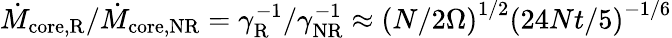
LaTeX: \dot{M}_{\mathrm{core,R}}/\dot{M}_{\mathrm{core,NR}}=\gamma_{\mathrm{R}}^{-1}/\gamma_{\mathrm{NR}}^{-1}\approx\left(N/2\Omega\right)^{1/2}\left(24Nt/5\right)^{-1/6}